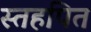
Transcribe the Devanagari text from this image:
स्तहपित